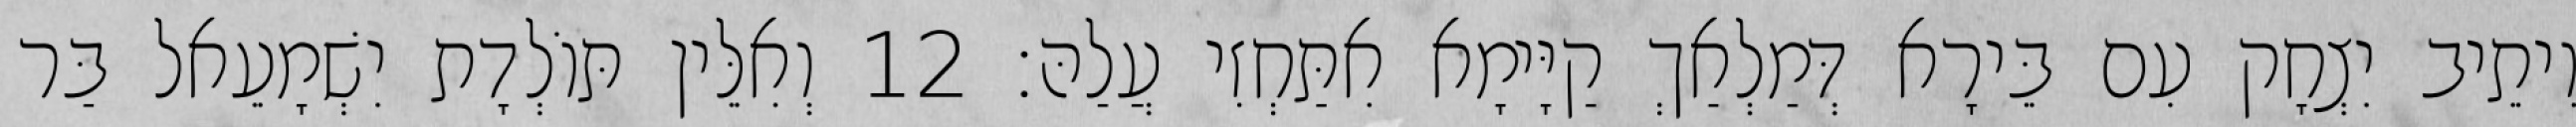
וִיתֵיב יִצְחָק עִם בֵּירָא דְּמַלְאַךְ קַיָּימָא אִתַּחְזִי עֲלַהּ׃ 12 וְאִלֵּין תּוֹלְדָת יִשְׁמָעֵאל בַּר